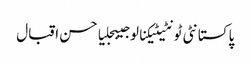
پاکستانٹی ٹونٹیٹیکنالوجیبجلیاحسن اقبال